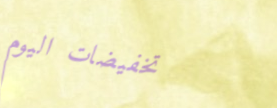
تخفيضات اليوم